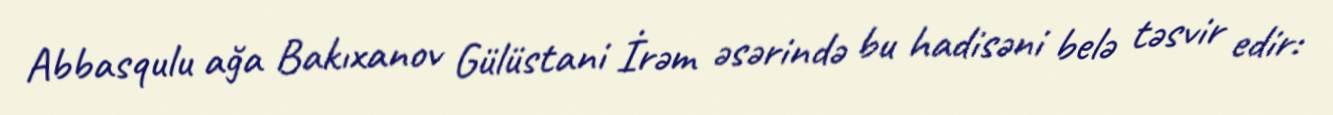
Abbasqulu ağa Bakıxanov Gülüstani İrəm əsərində bu hadisəni belə təsvir edir: